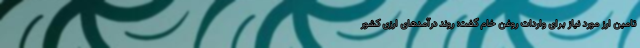
تامین ارز مورد نیاز برای واردات روغن خام گفت: روند درآمدهای ارزی کشور